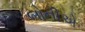
બોનીએ